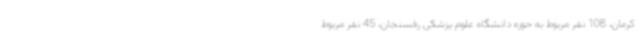
کرمان، 108 نفر مربوط به حوزه دانشگاه علوم پزشکی رفسنجان، 45 نفر مربوط